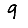
Digit: 9